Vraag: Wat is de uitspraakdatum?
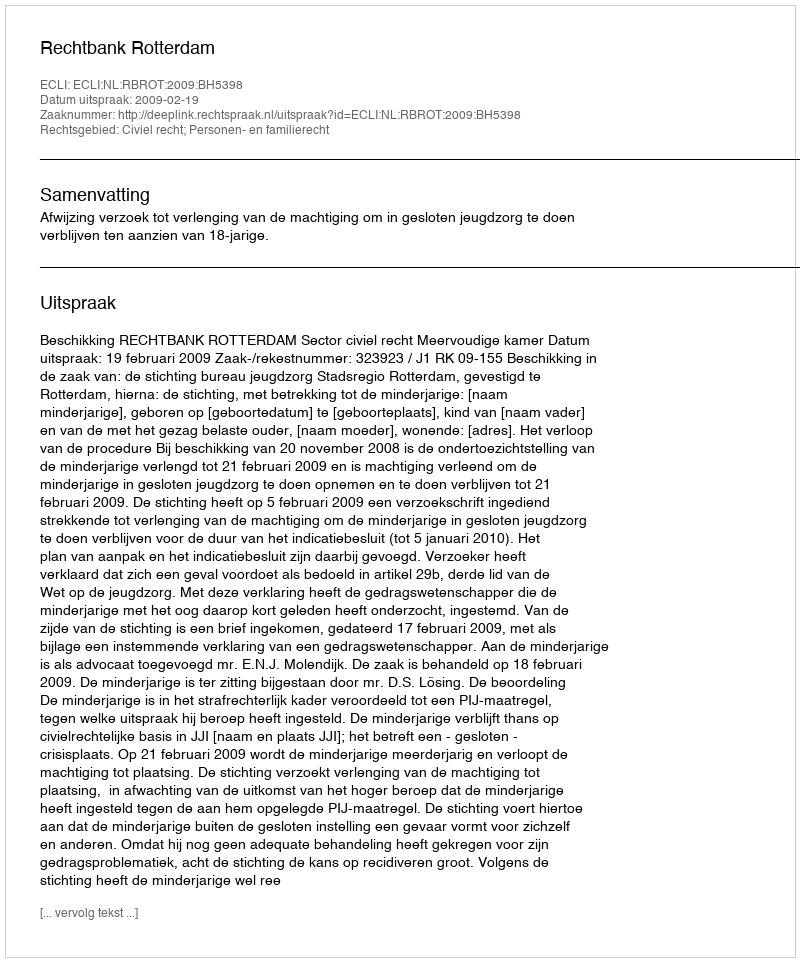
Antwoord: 2009-02-19